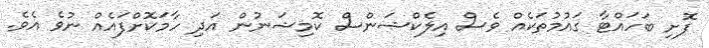
ފޮށި ބަހައްޓާ ގައުމުތަކެއް ވެސް އިލެކްޝަންސް ކޮމިޝަނުން އަދި ހާމަކޮށްފައެއް ނުވެ އެވެ.